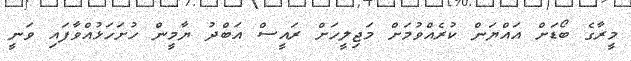
މީރާގެ ބޯޑަށް އައްޔަން ކުރެއްވުމަށް މަޖިލީހަށް ރައީސް އަބްދު ޔާމީން ހުށަހަޅުއްވާފައި ވަނީ